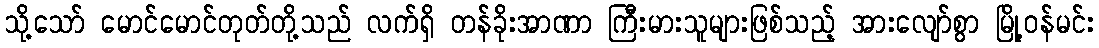
သို့သော် မောင်မောင်တုတ်တို့သည် လက်ရှိ တန်ခိုးအာဏာ ကြီးမားသူများဖြစ်သည့် အားလျော်စွာ မြို့ဝန်မင်း